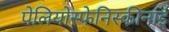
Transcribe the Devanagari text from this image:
पेलियोस्फेनिस्कीनाई